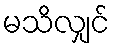
မသိလျှင်